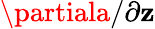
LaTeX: \partiala/\partial\mathbf{z}